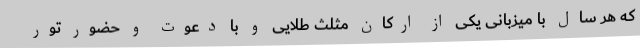
که هر سال با میزبانی یکی از ارکان مثلث طلایی و با دعوت و حضور تور